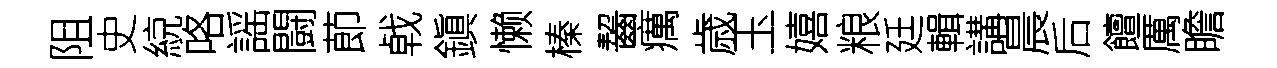
阻史綂咯謡闘莭㦸鎭懒榛齧癘歳玉嬉粮廷輯講晨后饘厲瞻